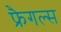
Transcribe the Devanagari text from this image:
फ्रैगल्स